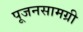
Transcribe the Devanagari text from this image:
पूजनसामग्री